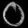
Digit: ၀